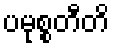
ပမုစ္စတီတိ